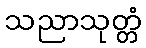
သညာသုတ္တံ